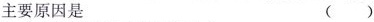
主要原因是 ( )